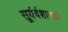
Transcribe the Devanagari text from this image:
सूर्यवंशामध्ये